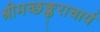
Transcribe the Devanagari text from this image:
श्रीमच्छङ्कराचार्य